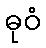
ဓုဝံ